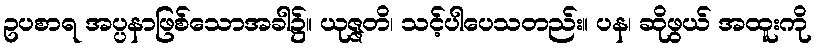
ဥပစာရ အပ္ပနာဖြစ်သောအခါ၌။ ယုဇ္ဇတိ၊ သင့်ပါပေသတည်း။ ပန၊ ဆိုဖွယ် အထူးကို